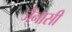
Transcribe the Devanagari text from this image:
जैनासी